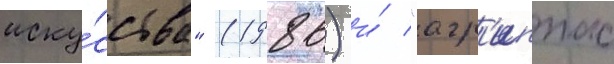
иску́сства" (1986) и́ "агр'иппас